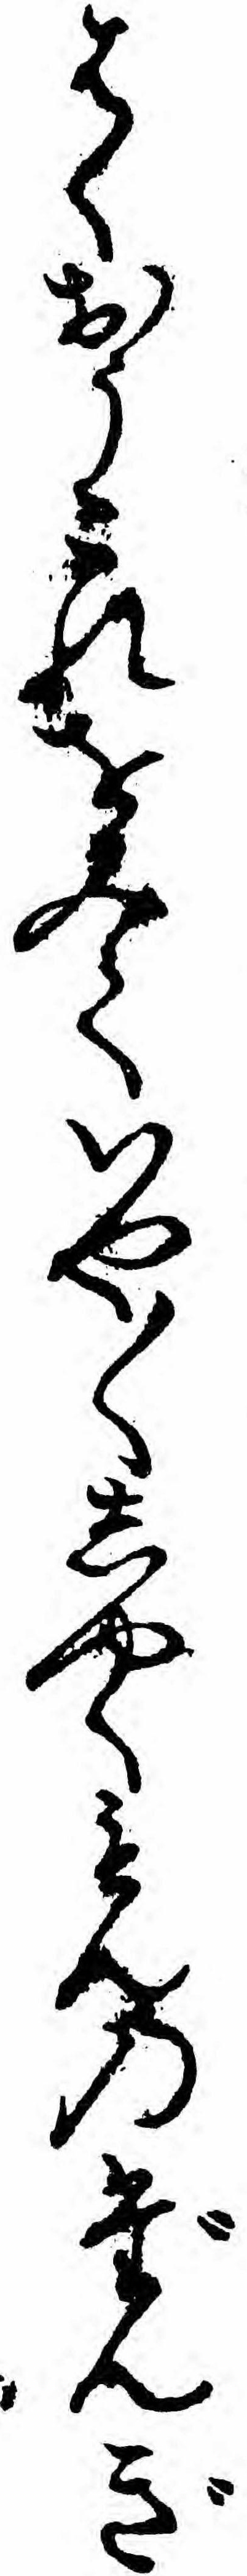
はくおうこれをみていや〱しやくもんのだんぎ